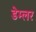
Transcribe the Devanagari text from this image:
डेम्लर